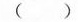
( )